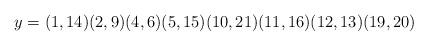
LaTeX: \begin{align*}y=(1,14)(2,9)(4,6)(5,15)(10,21)(11,16)(12,13)(19,20)\end{align*}